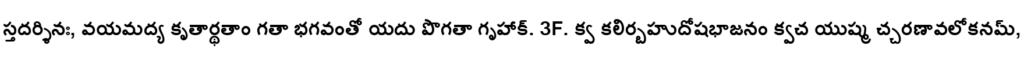
స్తదర్శినః, వయమద్య కృతార్థతాం గతా భగవంతో యదు పొగతా గృహాక్. 3F. క్వ కలిర్బహుదోషభాజనం క్వచ యుష్మ చ్చరణావలోకనమ్,